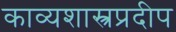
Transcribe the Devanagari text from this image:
काव्यशास्त्रप्रदीप